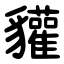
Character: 貛